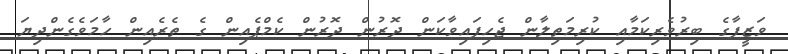
ވަޒީފާގެ ބިރުވެރިކަމާއި ކުރިމަތިލާން ޖެހިފައިވާކަން ދޮރުން ދޮރުން ކެމްޕެއިން ގެ ތެރެއިން ހާމަވެގެންދިޔަ